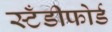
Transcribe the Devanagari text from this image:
स्टँडीफोर्ड